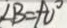
\angle B = 9 0 ^ { \circ }